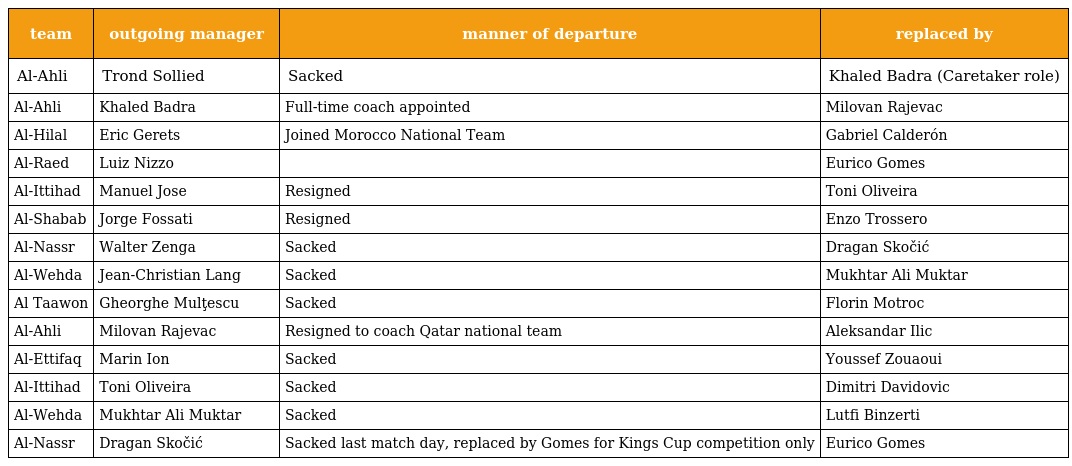
| team | outgoing manager | manner of departure | replaced by |
 | --- | --- | --- | --- |
 | Al-Ahli | Trond Sollied | Sacked | Khaled Badra (Caretaker role) |
 | Al-Ahli | Khaled Badra | Full-time coach appointed | Milovan Rajevac |
 | Al-Hilal | Eric Gerets | Joined Morocco National Team | Gabriel Calderón |
 | Al-Raed | Luiz Nizzo |  | Eurico Gomes |
 | Al-Ittihad | Manuel Jose | Resigned | Toni Oliveira |
 | Al-Shabab | Jorge Fossati | Resigned | Enzo Trossero |
 | Al-Nassr | Walter Zenga | Sacked | Dragan Skočić |
 | Al-Wehda | Jean-Christian Lang | Sacked | Mukhtar Ali Muktar |
 | Al Taawon | Gheorghe Mulţescu | Sacked | Florin Motroc |
 | Al-Ahli | Milovan Rajevac | Resigned to coach Qatar national team | Aleksandar Ilic |
 | Al-Ettifaq | Marin Ion | Sacked | Youssef Zouaoui |
 | Al-Ittihad | Toni Oliveira | Sacked | Dimitri Davidovic |
 | Al-Wehda | Mukhtar Ali Muktar | Sacked | Lutfi Binzerti |
 | Al-Nassr | Dragan Skočić | Sacked last match day, replaced by Gomes for Kings Cup competition only | Eurico Gomes |